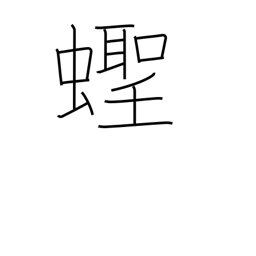
Meaning: razor clam